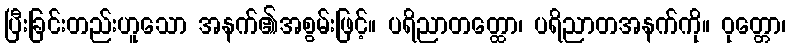
ပြီးခြင်းတည်းဟူသော အနက်၏အစွမ်းဖြင့်။ ပရိညာတတ္ထော၊ ပရိညာတအနက်ကို။ ဝုတ္တော၊